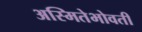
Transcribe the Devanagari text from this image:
अस्मितेभोवती